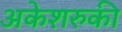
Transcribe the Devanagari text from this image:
अकेशरुकी